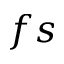
f s